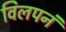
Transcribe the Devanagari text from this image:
विलपनं